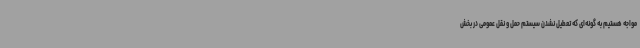
مواجه هستیم به گونه‌ای که تعطیل نشدن سیستم حمل و نقل عمومی در بخش